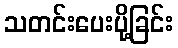
သတင်းပေးပို့ခြင်း